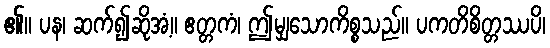
၏။ ပန၊ ဆက်၍ဆိုအံ့။ ဧတ္တကံ၊ ဤမျှသောကိစ္စသည်။ ပကတိစိတ္တဿပိ၊